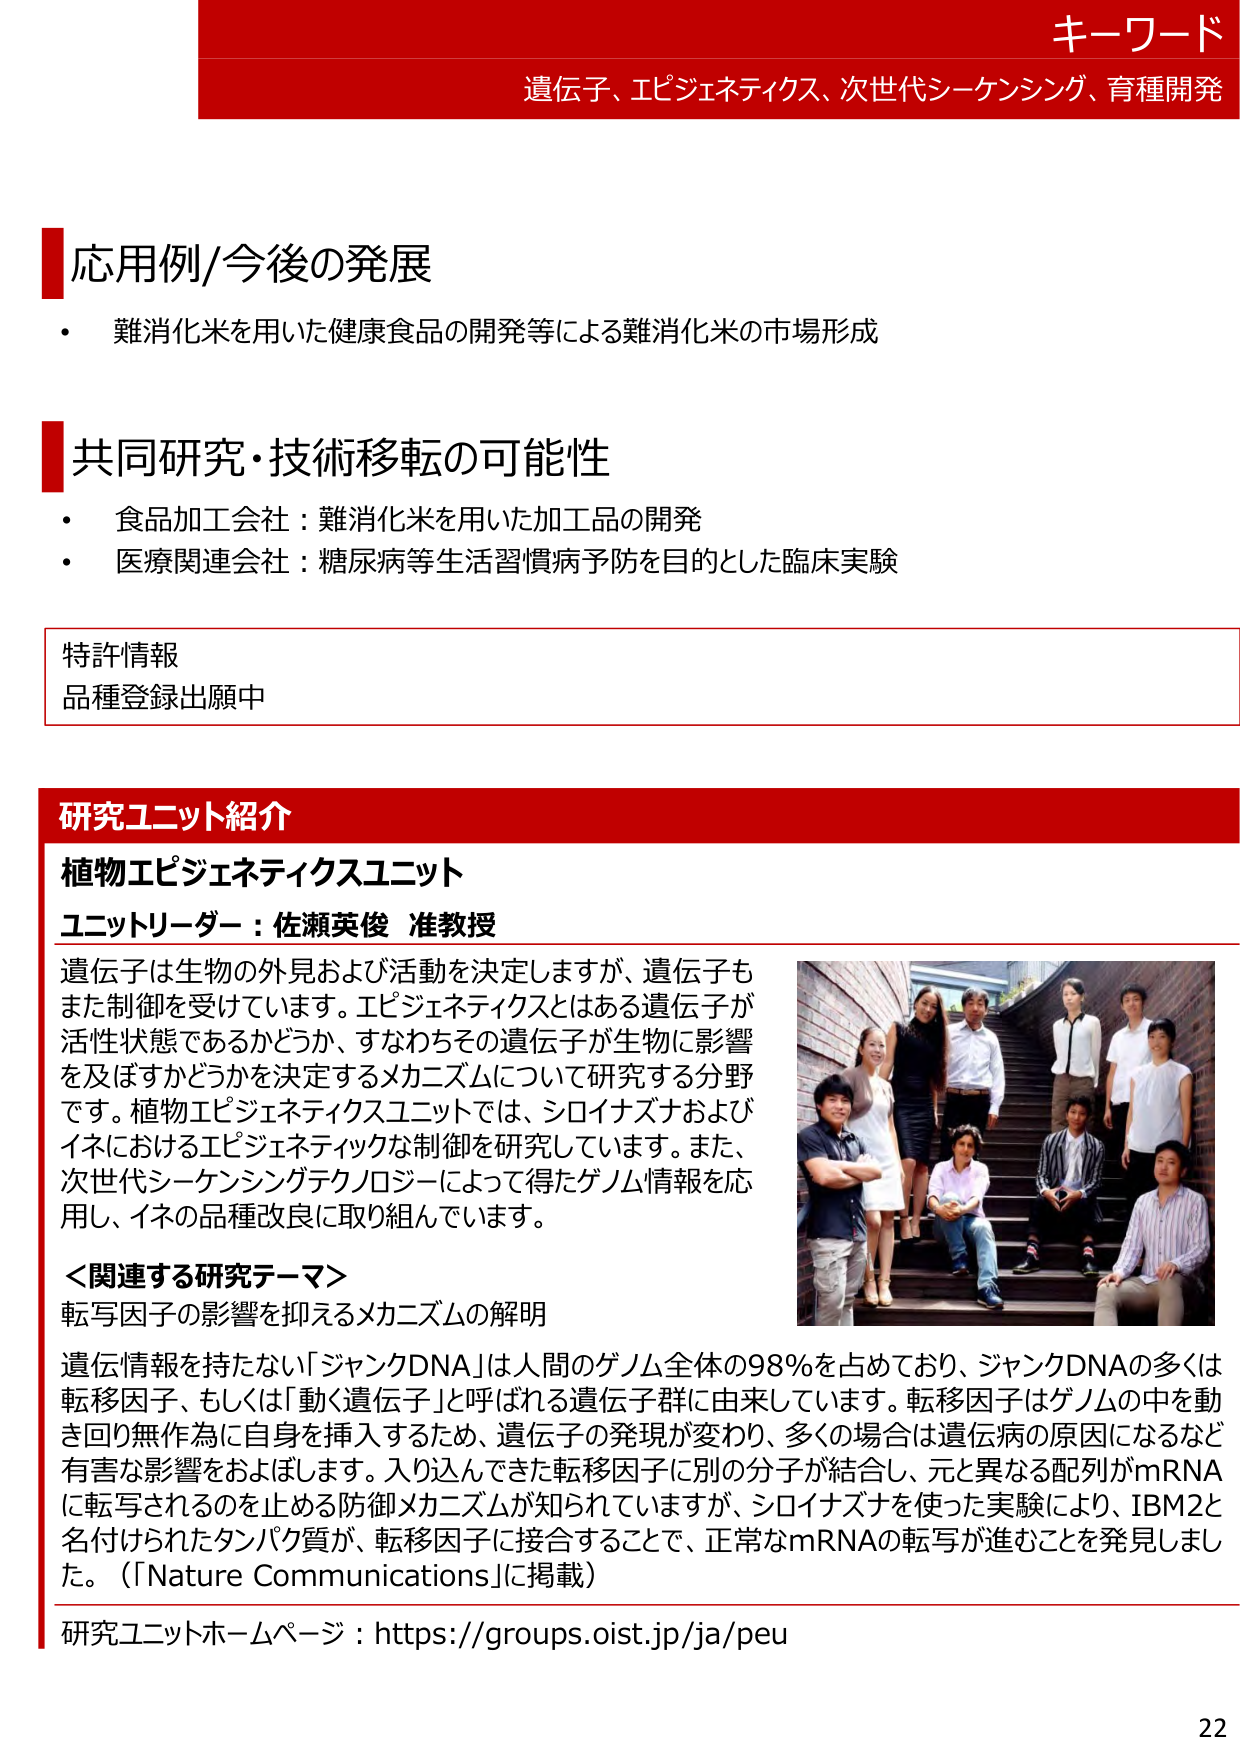
キーワード
遺伝子、エピジェネティクス、次世代シーケンシング、育種開発

応用例/今後の発展
・ 難消化米を用いた健康食品の開発等による難消化米の市場形成

共同研究・技術移転の可能性
・ 食品加工会社：難消化米を用いた加工品の開発
・ 医療関連会社：糖尿病等生活習慣病予防を目的とした臨床実験

特許情報
品種登録出願中

研究ユニット紹介
植物エピジェネティクスユニット
ユニットリーダー：佐瀬英俊 准教授

遺伝子は生物の外見および活動を決定しますが、遺伝子もまた制御を受けています。エピジェネティクスとはある遺伝子が活性状態であるかどうか、すなわちその遺伝子が生物に影響を及ぼすかどうかを決定するメカニズムについて研究する分野です。植物エピジェネティクスユニットでは、シロイナズナおよびイネにおけるエピジェネティックな制御を研究しています。また、次世代シーケンシングテクノロジーによって得たゲノム情報を応用し、イネの品種改良に取り組んでいます。

＜関連する研究テーマ＞
転写因子の影響を抑えるメカニズムの解明

遺伝情報を持たない「ジャンクDNA」は人間のゲノム全体の98％を占めており、ジャンクDNAの多くは転移因子、もしくは「動く遺伝子」と呼ばれる遺伝子群に由来しています。転移因子はゲノムの中を動き回り無作為に自身を挿入するため、遺伝子の発現が変わり、多くの場合は遺伝病の原因になるなど有害な影響をおよぼします。入り込んできた転移因子に別の分子が結合し、元と異なる配列がmRNAに転写されるのを止める防御メカニズムが知られていますが、シロイナズナを使った実験により、IBM2と名付けられたタンパク質が、転移因子に接合することで、正常なmRNAの転写が進むことを発見しました。（「Nature Communications」に掲載）

研究ユニットホームページ：https://groups.oist.jp/ja/peu

22